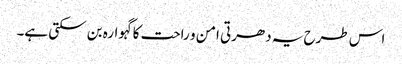
اس طرح یہ دھرتی امن و راحت کا گہوارہ بن سکتی ہے۔